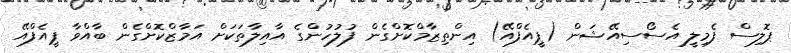
ޕޮލިސް ފެމިލީ އެސޯސިއޭޝަން (ޕީއެފްއޭ) އިންތިޒާމްކޮށްގެން ފުލުހުންގެ އާއިލާތަކަށް އަމާޒްކޮށްގެން ބާއްވާ ޕީއެފްއޭ